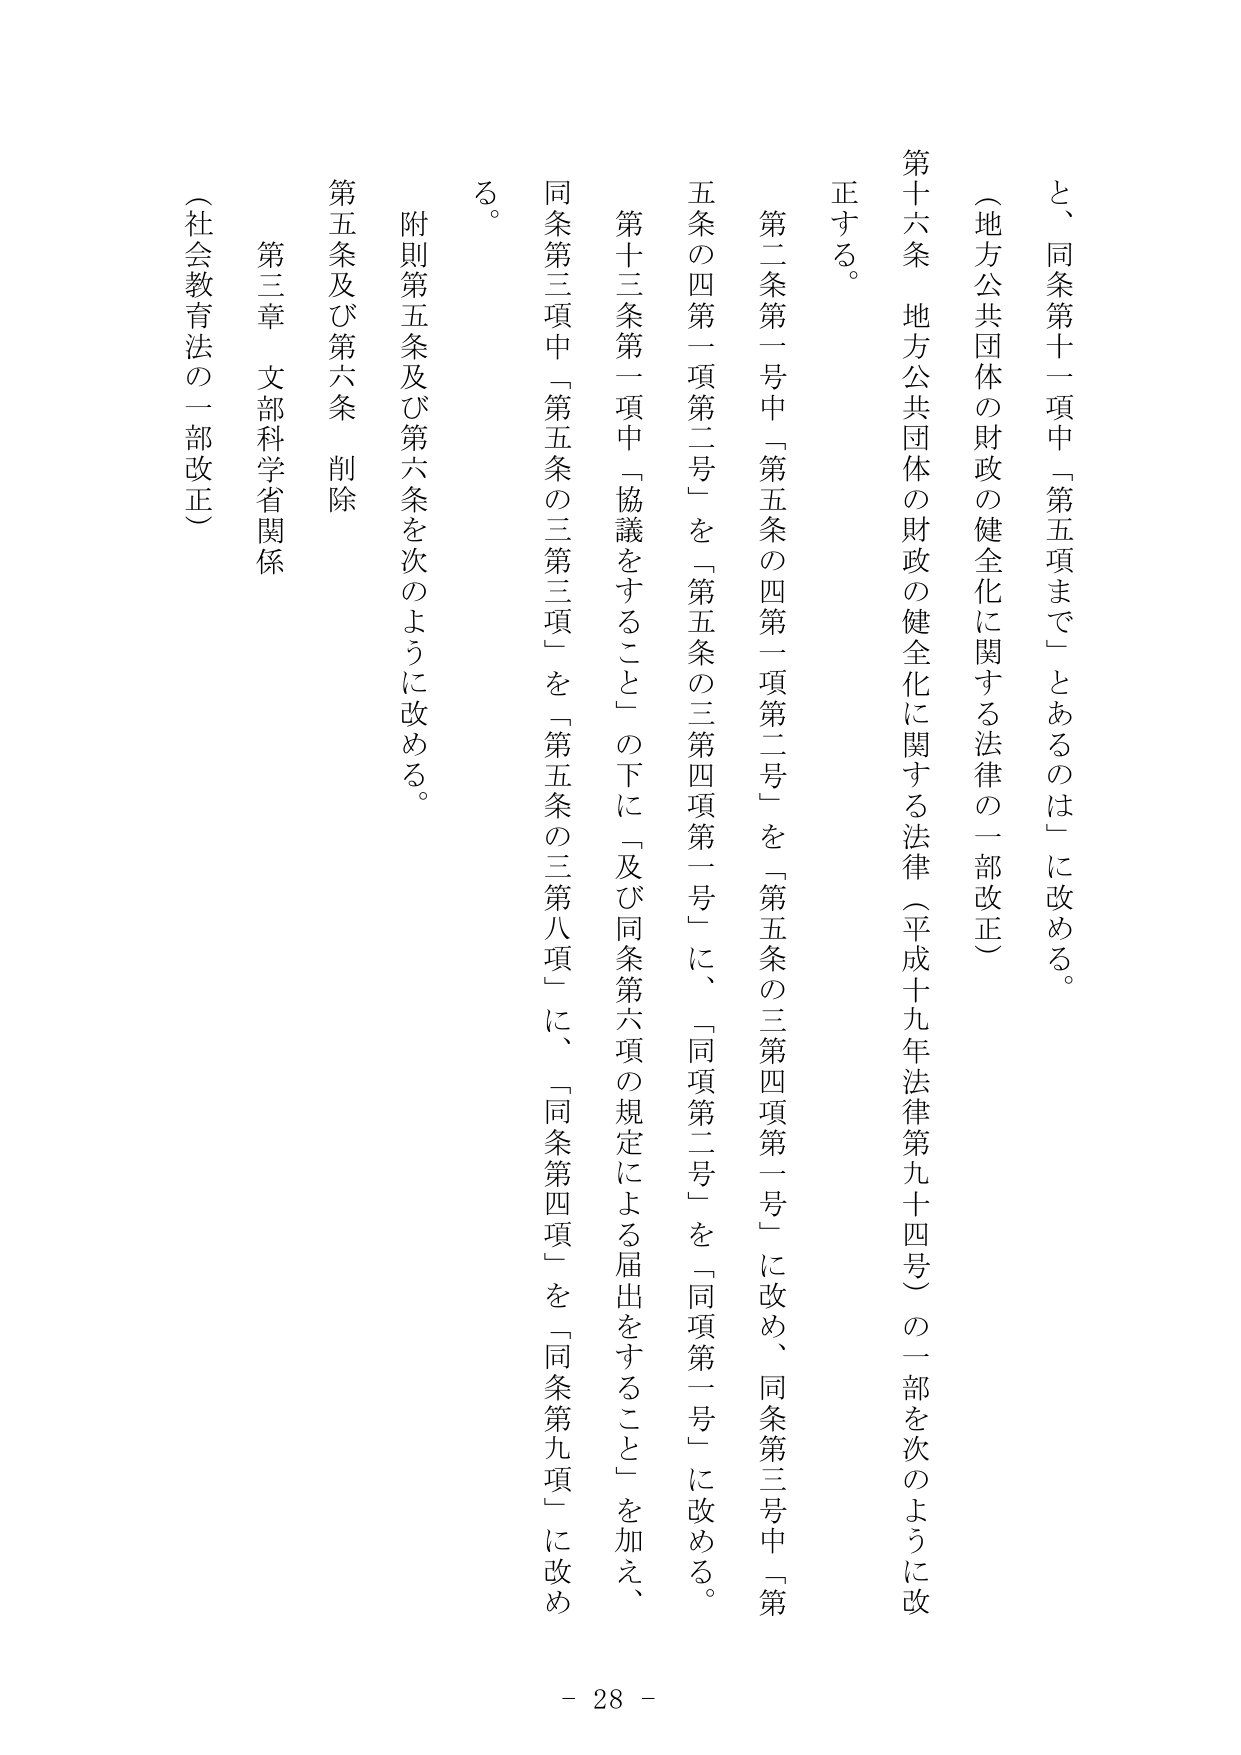
と、同条第十一項中「第五項まで」とあるのは」に改める。

（地方公共団体の財政の健全化に関する法律の一部改正）

第十六条 地方公共団体の財政の健全化に関する法律（平成十九年法律第九十四号）の一部を次のように改正する。

第二条第一号中「第五条の四第一項第二号」を「第五条の三第四項第一号」に改め、同条第三号中「第五条の四第一項第二号」を「第五条の三第四項第一号」に、同項第二号」を「同項第一号」に改める。

第十三条第一項中「協議をすること」の下に「及び同条第六項の規定による届出をすること」を加え、同条第三項中「第五条の三第三項」を「第五条の三第八項」に、「同条第四項」を「同条第九項」に改める。

附則第五条及び第六条を次のように改める。

第五条及び第六条 削除

第三章 文部科学省関係

（社会教育法の一部改正）

- 28 -